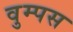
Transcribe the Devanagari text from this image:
वुम्पस